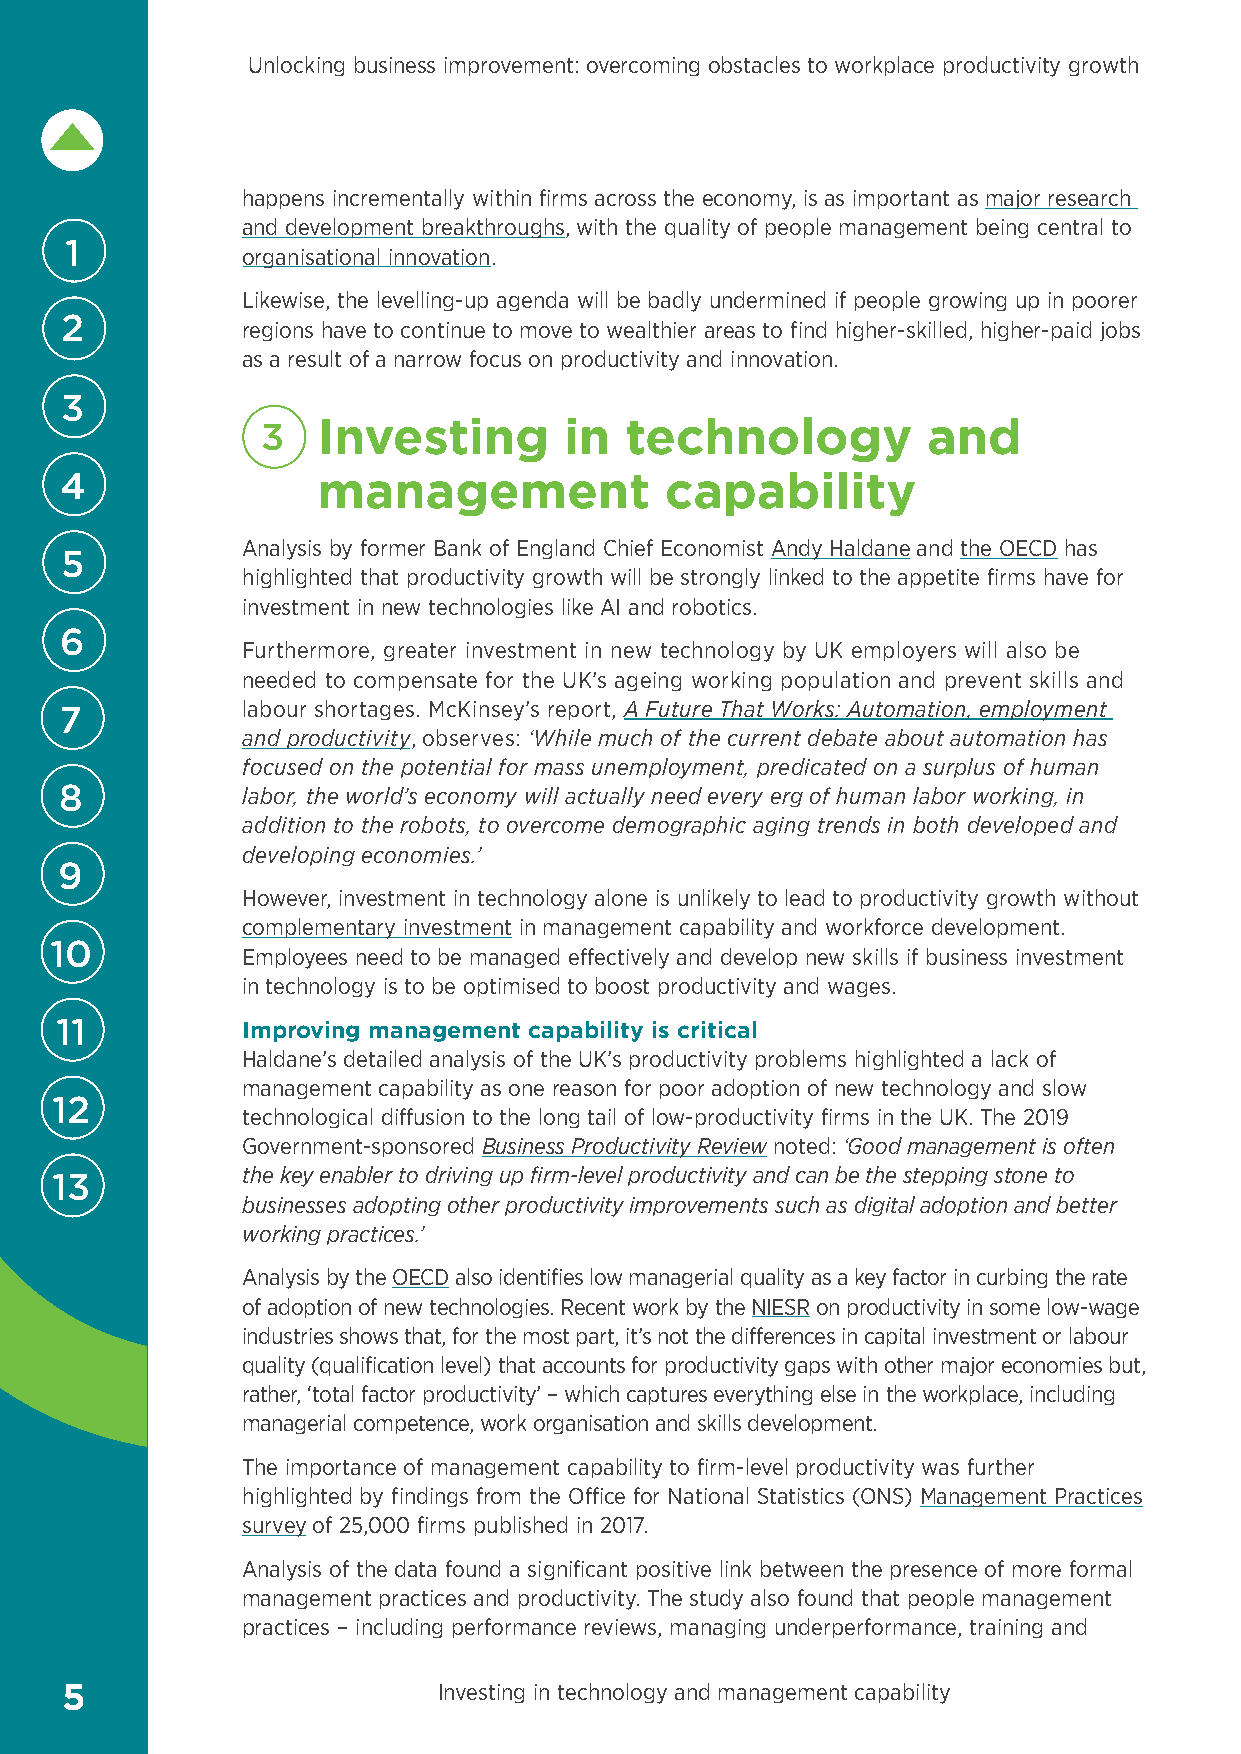
Unlocking business improvement: overcoming obstacles to workplace productivity growth
 happens incrementally within firms across the economy, is as important as major research
 and development breakthroughs, with the quality of people management being central to
 1
 organisational innovation.
 Likewise, the levelling-up agenda will be badly undermined if people growing up in poorer
 2           regions have to continue to move to wealthier areas to find higher-skilled, higher-paid jobs
 as a result of a narrow focus on productivity and innovation.
 3
 3   I nvesting      in  technology          and
 4                management             capability
 Analysis by former Bank of England Chief Economist Andy Haldane and the OECD has
 5
 highlighted that productivity growth will be strongly linked to the appetite firms have for
 investment in new technologies like AI and robotics.
 6
 Furthermore, greater investment in new technology by UK employers will also be
 needed to compensate for the UK’s ageing working population and prevent skills and
 labour shortages. McKinsey’s report, A Future That Works: Automation, employment
 7
 and productivity, observes: ‘While much of the current debate about automation has
 focused on the potential for mass unemployment, predicated on a surplus of human
 8           labor, the world’s economy will actually need every erg of human labor working, in
 addition to the robots, to overcome demographic aging trends in both developed and
 developing economies.’
 9
 However, investment in technology alone is unlikely to lead to productivity growth without
 complementary investment in management capability and workforce development.
 10
 Employees need to be managed effectively and develop new skills if business investment
 in technology is to be optimised to boost productivity and wages.
 11          Improving management capability is critical
 Haldane’s detailed analysis of the UK’s productivity problems highlighted a lack of
 management capability as one reason for poor adoption of new technology and slow
 12
 technological diffusion to the long tail of low-productivity firms in the UK. The 2019
 Government-sponsored Business Productivity Review noted: ‘Good management is often
 the key enabler to driving up firm-level productivity and can be the stepping stone to
 13
 businesses adopting other productivity improvements such as digital adoption and better
 working practices.’
 Analysis by the OECD also identifies low managerial quality as a key factor in curbing the rate
 of adoption of new technologies. Recent work by the NIESR on productivity in some low-wage
 industries shows that, for the most part, it’s not the differences in capital investment or labour
 quality (qualification level) that accounts for productivity gaps with other major economies but,
 rather, ‘total factor productivity’ – which captures everything else in the workplace, including
 managerial competence, work organisation and skills development.
 The importance of management capability to firm-level productivity was further
 highlighted by findings from the Office for National Statistics (ONS) Management Practices
 survey of 25,000 firms published in 2017.
 Analysis of the data found a significant positive link between the presence of more formal
 management practices and productivity. The study also found that people management
 practices – including performance reviews, managing underperformance, training and
 5                        Investing in technology and management capability